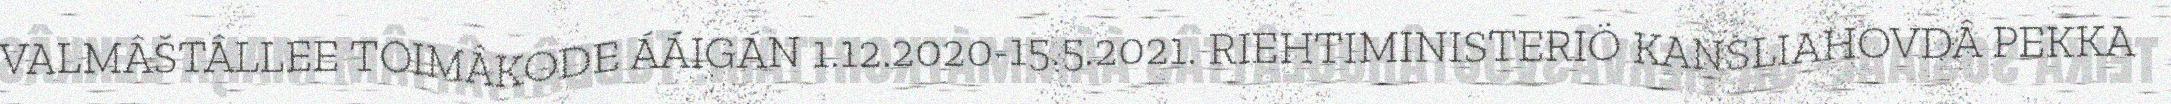
VALMÂŠTÂLLEE TOIMÂKODE ÁÁIGÁN 1.12.2020-15.5.2021. RIEHTIMINISTERIÖ KANSLIAHOVDÂ PEKKA